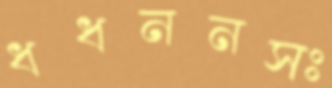
ধধননসঃ